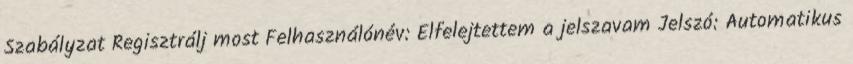
Szabályzat Regisztrálj most Felhasználónév: Elfelejtettem a jelszavam Jelszó: Automatikus